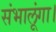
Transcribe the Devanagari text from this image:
संभालूंगा।